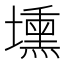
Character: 壎